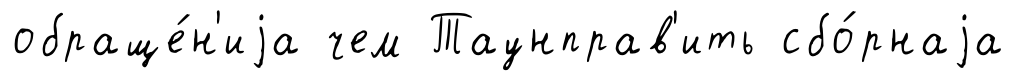
обраще́н'иjа чем Таунправ'ить сбо́рнаjа